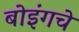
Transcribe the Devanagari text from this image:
बोइंगचे